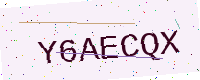
Text: Y6AECQX